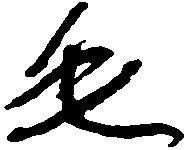
毛